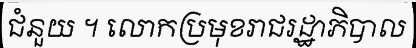
ជំនួយ ។ លោកប្រមុខរាជរដ្ឋាភិបាល